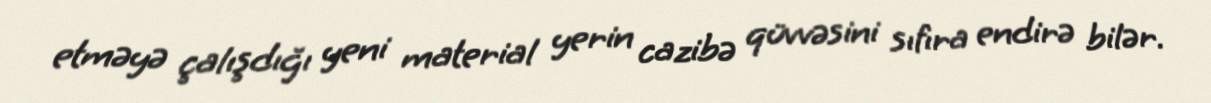
etməyə çalışdığı yeni material yerin cazibə qüvvəsini sıfıra endirə bilər.